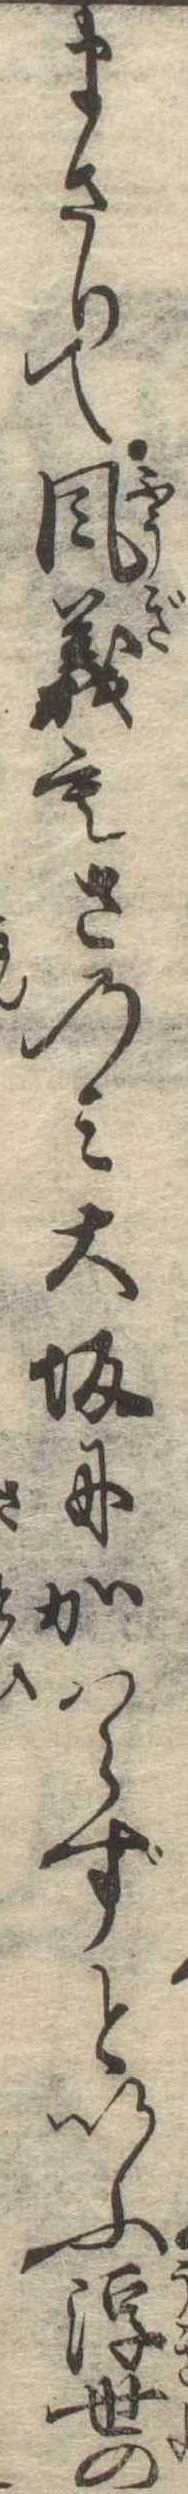
まさりて風義もさのみ大坂にかはらずといふ浮世の